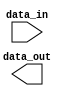
module generate_for_each (
    input wire [7:0] data_in,
    output wire [7:0] data_out
);

genvar i;
generate
    for (i = 0; i < 8; i = i + 1) begin : gen_loop
        // Instantiate the block of code here
        // Example: MyModule #(i) instance_i (
        //              .input(data_in),
        //              .output(data_out)
        //          );
    end
endgenerate

endmodule